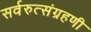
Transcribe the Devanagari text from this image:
सर्वरुत्संग्रहणी